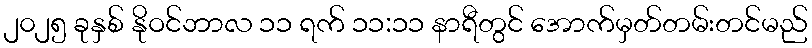
၂၀၂၅ ခုနှစ် နိုဝင်ဘာလ ၁၁ ရက် ၁၁:၁၁ နာရီတွင် အောက်မှတ်တမ်းတင်မည်